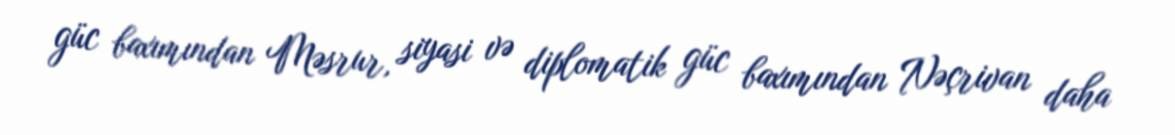
güc baxımından Məsrur, siyasi və diplomatik güc baxımından Nəçrivan daha